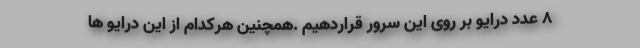
۸ عدد درایو بر روی این سرور قراردهیم .همچنین هرکدام از این درایو ها